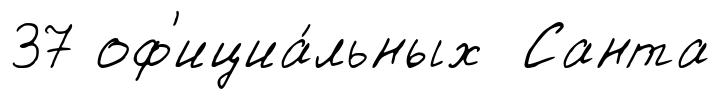
37 оф'ициа́льных Санта